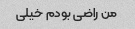
من راضی بودم خیلی